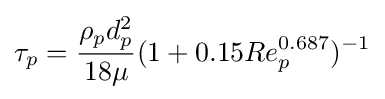
\tau _{p}={\frac {\rho _{p}d_{p}^{2}}{18\mu }}(1+0.15Re_{p}^{0.687})^{-1}